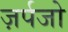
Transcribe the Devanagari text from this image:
ज़र्पजो